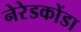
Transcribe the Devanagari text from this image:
नेरेडकोंडा